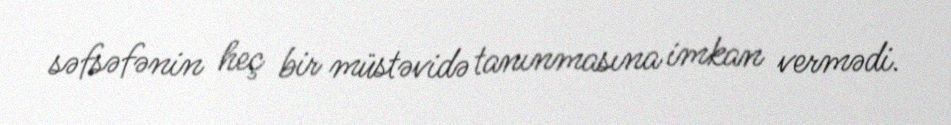
səfsəfənin heç bir müstəvidə tanınmasına imkan vermədi.